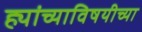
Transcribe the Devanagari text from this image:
ह्यांच्याविषयीच्या